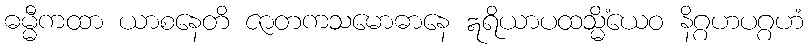
ဓမ္မီကထာ ယာစနေတိ ဇာတကသမောဓာနေ ဣရိယာပထသ္မိံယေဝ နိဂ္ဂဟပဂ္ဂဟံ